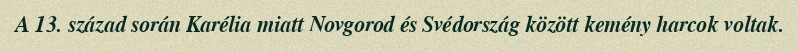
A 13. század során Karélia miatt Novgorod és Svédország között kemény harcok voltak.